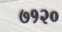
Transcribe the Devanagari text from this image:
७१२०